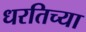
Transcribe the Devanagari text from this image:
धरतिच्या